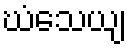
ဃံသေယျ